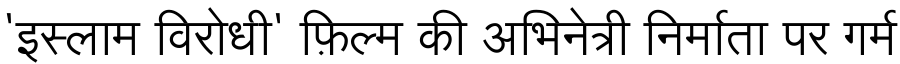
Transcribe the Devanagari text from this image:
'इस्लाम विरोधी' फ़िल्म की अभिनेत्री निर्माता पर गर्म